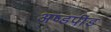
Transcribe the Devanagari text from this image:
अष्डपींड